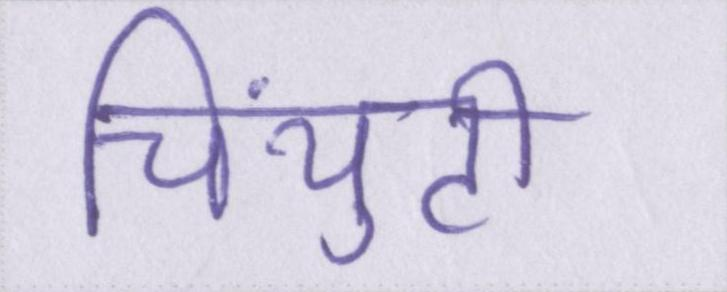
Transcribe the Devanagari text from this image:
चिंयुटी